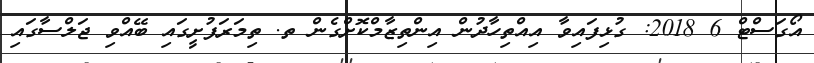
އޯގަސްޓް 6 2018: ގުޅިފައިވާ އިއްތިހާދުން އިންތިޒާމްކޮށްގެން ތ. ތިމަރަފުށީގައި ބޭއްވި ޖަލްސާގައި